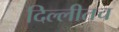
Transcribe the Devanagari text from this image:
दिल्लीतच